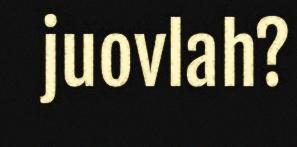
juovlah?